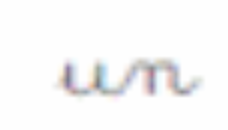
un